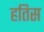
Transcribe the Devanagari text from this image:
हतिस